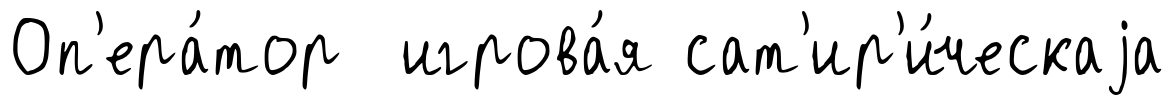
Оп'ера́тор игрова́я сат'ир'и́ческаjа